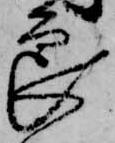
良